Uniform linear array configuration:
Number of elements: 8
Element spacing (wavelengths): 0.75
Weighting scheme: blackman
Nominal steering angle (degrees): -15
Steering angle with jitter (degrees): -14.612
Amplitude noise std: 0.05
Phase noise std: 0.05

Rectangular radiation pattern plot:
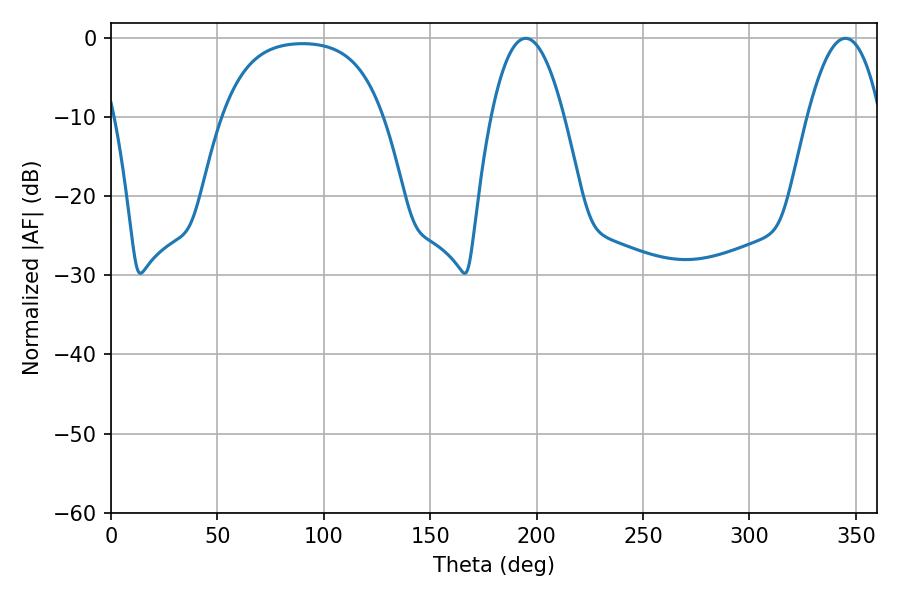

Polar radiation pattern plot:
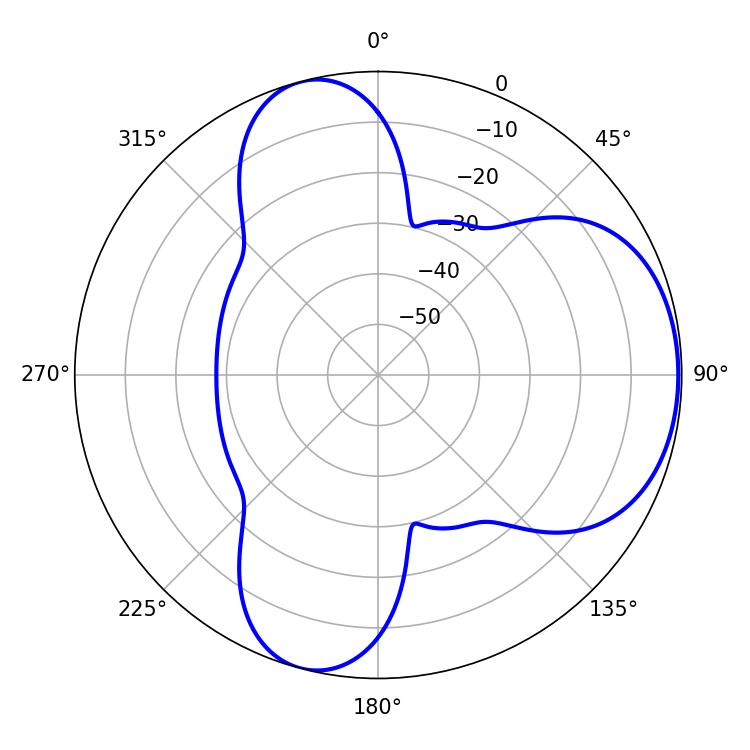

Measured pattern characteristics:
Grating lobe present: TRUE
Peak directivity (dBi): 5.65
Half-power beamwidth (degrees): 18.9
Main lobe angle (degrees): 194.94